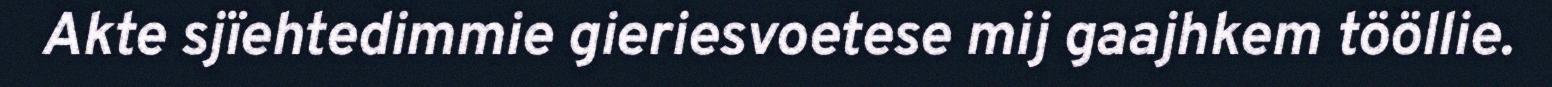
Akte sjïehtedimmie gieriesvoetese mij gaajhkem tööllie.